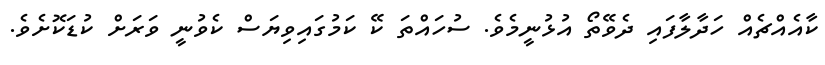
ކާއެއްޗެއް ހަދާލާފައި ދެވޭތޯ އުޅުނީމެވެ. ސުހައްތަ ކޭ ކަމުގައިވިޔަސް ކެވުނީ ވަރަށް ކުޑަކޮށެވެ.